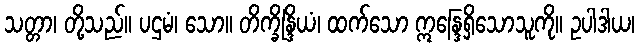
သတ္တာ၊ တို့သည်။ ပဌမံ၊ သော။ တိက္ခိန္ဒြိယံ၊ ထက်သော ဣန္ဒြေရှိသောသူကို။ ဥပါဒါယ၊